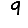
Digit: 9